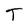
Character: T